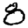
Digit: 8